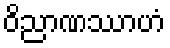
ဝိညာဏဿာဟံ